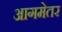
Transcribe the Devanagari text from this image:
आगमेतर